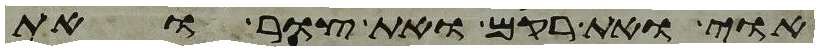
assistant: אוי ואת רקם ואת צור ואת